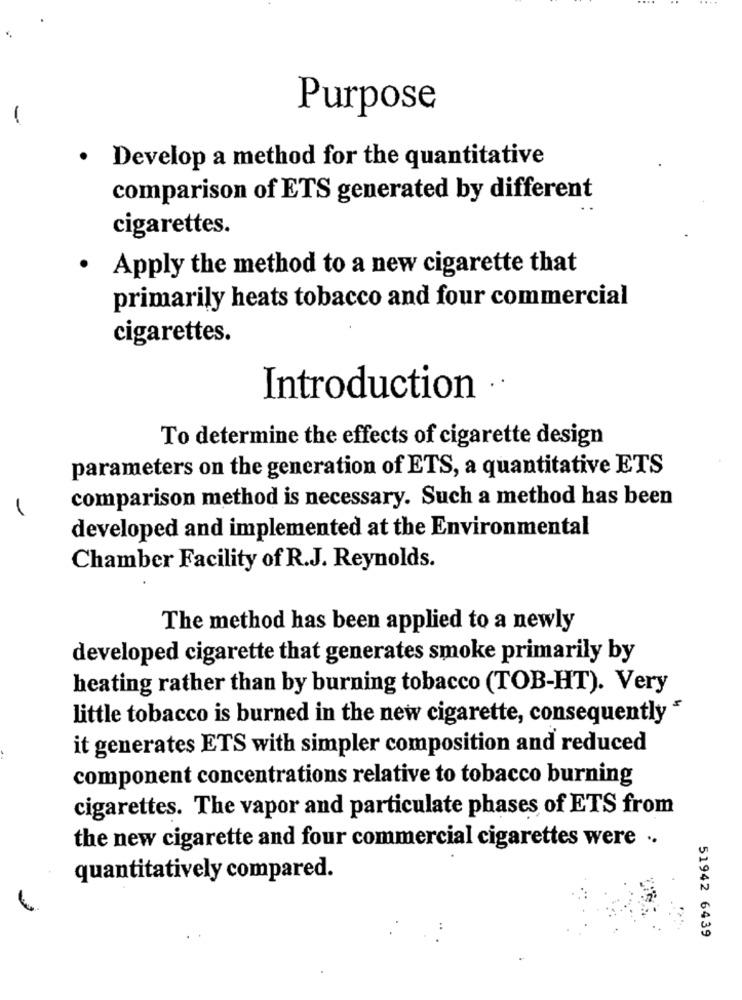
Purpose
-
. Develop a method for the quantitative
comparison of ETS generated by different
cigarettes.
· Apply the method to a new cigarette that
primarily heats tobacco and four commercial
cigarettes.
Introduction ··
To determine the effects of cigarette design
parameters on the generation of ETS, a quantitative ETS
comparison method is necessary. Such a method has been
developed and implemented at the Environmental
Chamber Facility of R.J. Reynolds.
The method has been applied to a newly
developed cigarette that generates smoke primarily by
heating rather than by burning tobacco (TOB-HT). Very
little tobacco is burned in the new cigarette, consequently
it generates ETS with simpler composition and reduced
component concentrations relative to tobacco burning
cigarettes. The vapor and particulate phases of ETS from
the new cigarette and four commercial cigarettes were ..
quantitatively compared.
..
51942 6439